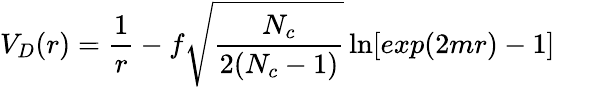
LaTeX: V_{D}(r)={\frac{1}{r}}-f\sqrt{\frac{N_{c}}{2(N_{c}-1)}}\ln[exp(2mr)-1]\qquad